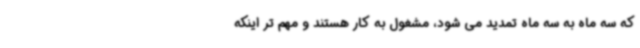
که سه ماه به سه ماه تمدید می شود، مشغول به کار هستند و مهم تر اینکه